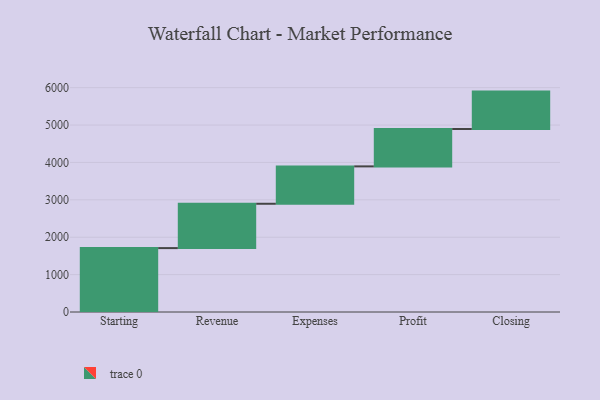
{"axis": {"x": "Step", "y": "Value"}, "legend": [""], "data": [{"x": "Starting", "y": 1709.0, "type": ""}, {"x": "Revenue", "y": 1186.0, "type": ""}, {"x": "Expenses", "y": 1000, "type": ""}, {"x": "Profit", "y": 1000, "type": ""}, {"x": "Closing", "y": 1000, "type": ""}]}